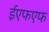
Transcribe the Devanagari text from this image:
ईएफएफ